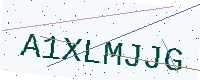
Text: A1XLMJJG